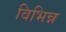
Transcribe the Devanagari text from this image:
विभिन्न